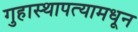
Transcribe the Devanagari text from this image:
गुहास्थापत्यामधून